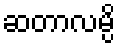
ဆတာလမ္ပိ